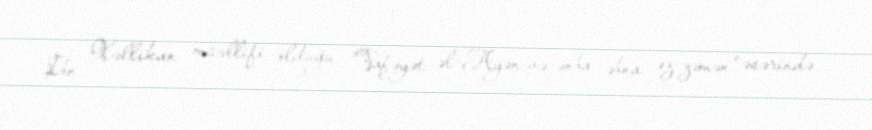
İbn Xəllikan müəllifi olduğu "Vafəyət əl-Ayən və-ənba əbna əz-zəmən" əsərində